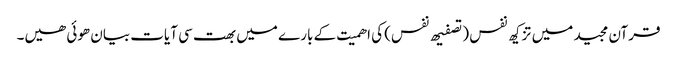
قرآن مجید میں تزکیھ نفس (تصفیھ نفس) کی اھمیت کے بارے میں بھت سی آیات بیان ھوئی ھیں۔